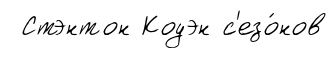
Стэнтон Коуэн с'езо́нов